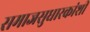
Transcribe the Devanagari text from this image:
समाजसुधारकांशी